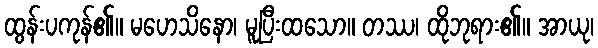
ထွန်းပကုန်၏။ မဟေသိနော၊ မူပြီးထသော။ တဿ၊ ထိုဘုရား၏။ အာယု၊